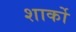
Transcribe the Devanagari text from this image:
शार्को